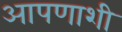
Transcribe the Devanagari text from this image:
आपणाशी